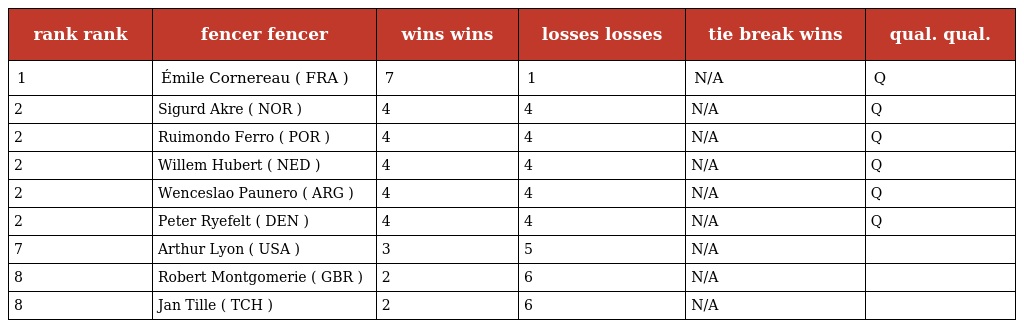
| rank rank | fencer fencer | wins wins | losses losses | tie break wins | qual. qual. |
 | --- | --- | --- | --- | --- | --- |
 | 1 | Émile Cornereau ( FRA ) | 7 | 1 | N/A | Q |
 | 2 | Sigurd Akre ( NOR ) | 4 | 4 | N/A | Q |
 | 2 | Ruimondo Ferro ( POR ) | 4 | 4 | N/A | Q |
 | 2 | Willem Hubert ( NED ) | 4 | 4 | N/A | Q |
 | 2 | Wenceslao Paunero ( ARG ) | 4 | 4 | N/A | Q |
 | 2 | Peter Ryefelt ( DEN ) | 4 | 4 | N/A | Q |
 | 7 | Arthur Lyon ( USA ) | 3 | 5 | N/A |  |
 | 8 | Robert Montgomerie ( GBR ) | 2 | 6 | N/A |  |
 | 8 | Jan Tille ( TCH ) | 2 | 6 | N/A |  |